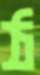
ঠ